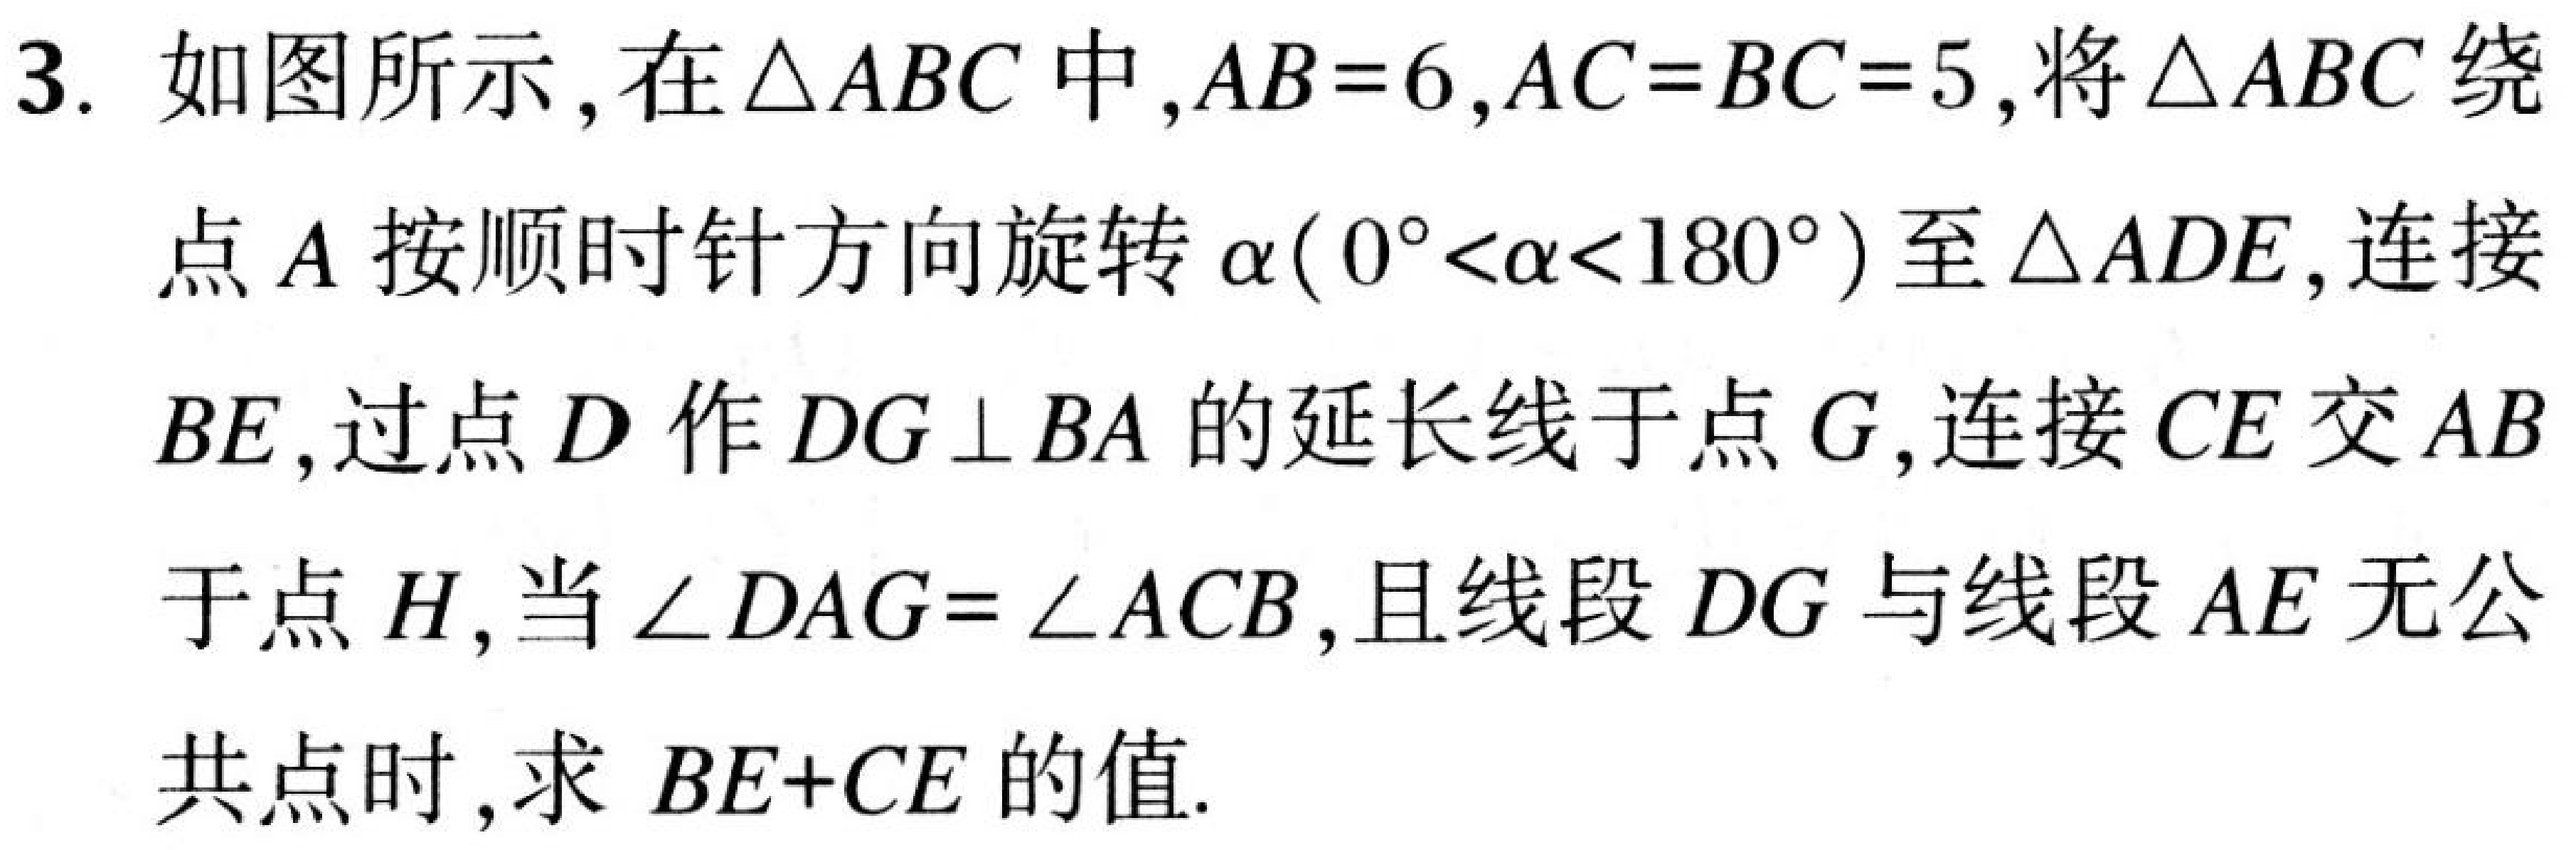
3. 如图所示,在\(\triangle ABC\)中,\(AB = 6\),\(AC = BC = 5\),将\(\triangle ABC\)绕点\(A\)按顺时针方向旋转\(\alpha(0^{\circ}<\alpha<180^{\circ})\)至\(\triangle ADE\),连接\(BE\),过点\(D\)作\(DG\perp BA\)的延长线于点\(G\),连接\(CE\)交\(AB\)于点\(H\),当\(\angle DAG=\angle ACB\),且线段\(DG\)与线段\(AE\)无公共点时,求 \(BE + CE\)的值.